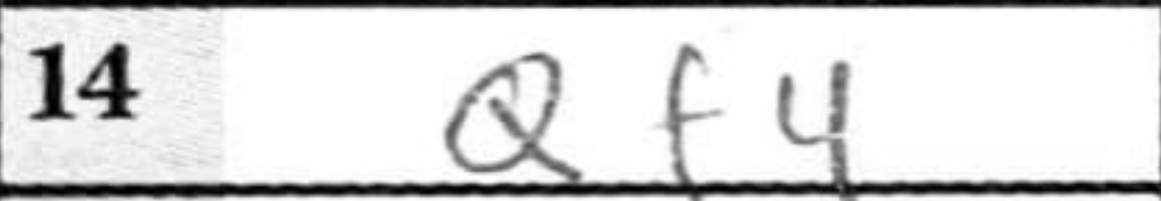
Transcription: Qf4